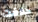
حذفت